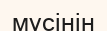
мүсінін